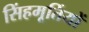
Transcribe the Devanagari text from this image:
सिंहमूर्तियों